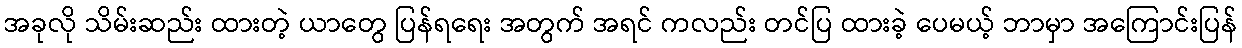
အခုလို သိမ်းဆည်း ထားတဲ့ ယာတွေ ပြန်ရရေး အတွက် အရင် ကလည်း တင်ပြ ထားခဲ့ ပေမယ့် ဘာမှာ အကြောင်းပြန်